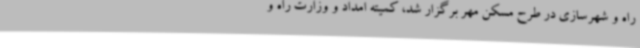
راه و شهرسازی در طرح مسکن مهر برگزار شد، کمیته امداد و وزارت راه و